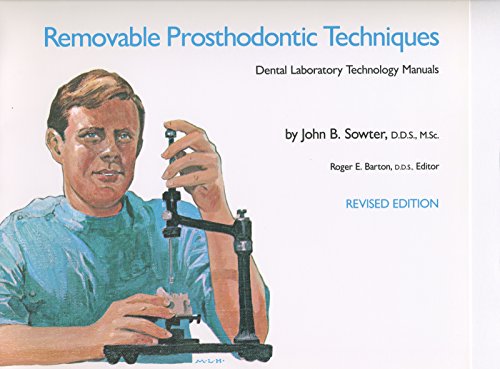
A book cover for Removable Prosthodontic Techniques (Dental Laboratory Technology Manuals); John B. Sowter; Medical Books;